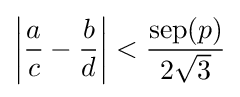
\left|{\frac {a}{c}}-{\frac {b}{d}}\right|<{\frac {\operatorname {sep} (p)}{2{\sqrt {3}}}}